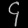
Digit: ၄